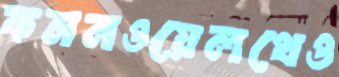
কমনওয়েলথেও